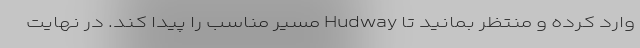
وارد کرده و منتظر بمانید تا Hudway مسیر مناسب را پیدا کند. در نهایت